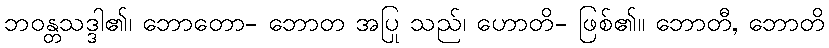
ဘဝန္တသဒ္ဒါ၏၊ ဘောတော- ဘောတ အပြု သည်၊ ဟောတိ- ဖြစ်၏။ ဘောတီ, ဘောတိ